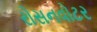
રોસનવોટર